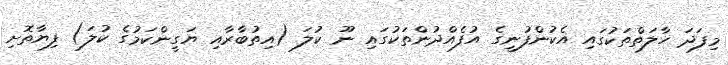
މިފަދަ ހާލަތްތަކުގައި އެކުންފުނީގެ އުފެއްދުންތަކުގައި ނޫ ކުލަ (އިތުބާރާއި ޔަގީންކަމުގެ ކުލަ) ފިޔާތޮށި